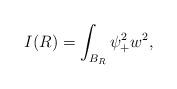
LaTeX: \begin{align*}I(R) = \int_{B_R} \psi_+^2 w^2,\end{align*}